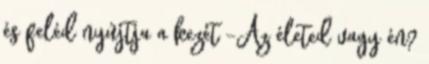
és feléd nyújtja a kezét -Az életed vagy én?